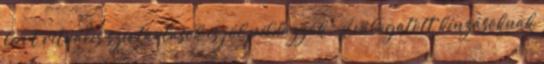
leírt rituális szertartások is jól példázzák. A válogatott kínzásoknak